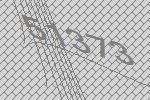
51373